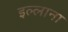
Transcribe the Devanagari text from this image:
इल्लाना